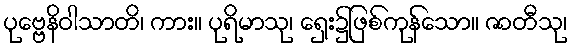
ပုဗ္ဗေနိဝါသာတိ၊ ကား။ ပုရိမာသု၊ ရှေး၌ဖြစ်ကုန်သော။ ဇာတီသု၊